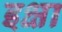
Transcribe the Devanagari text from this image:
इक्षा